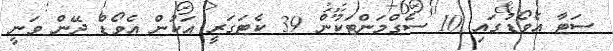
ސަޓާ އެވޯޑުގައި 10 ސެގްމަންޓަކުން 39 ކެޓަގަރީ އަކުން އެވޯޑް ދޭން ވަނީ